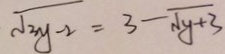
\sqrt { 3 y - 2 } = 3 - \sqrt { y + 3 }